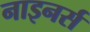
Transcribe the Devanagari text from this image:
नाइनर्स